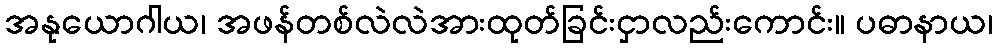
အနုယောဂါယ၊ အဖန်တစ်လဲလဲအားထုတ်ခြင်းငှာလည်းကောင်း။ ပဓာနာယ၊